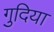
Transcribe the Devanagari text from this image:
गुदिया